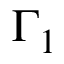
\Gamma _ { 1 }